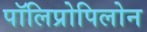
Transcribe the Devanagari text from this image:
पॉलिप्रोपिलोन